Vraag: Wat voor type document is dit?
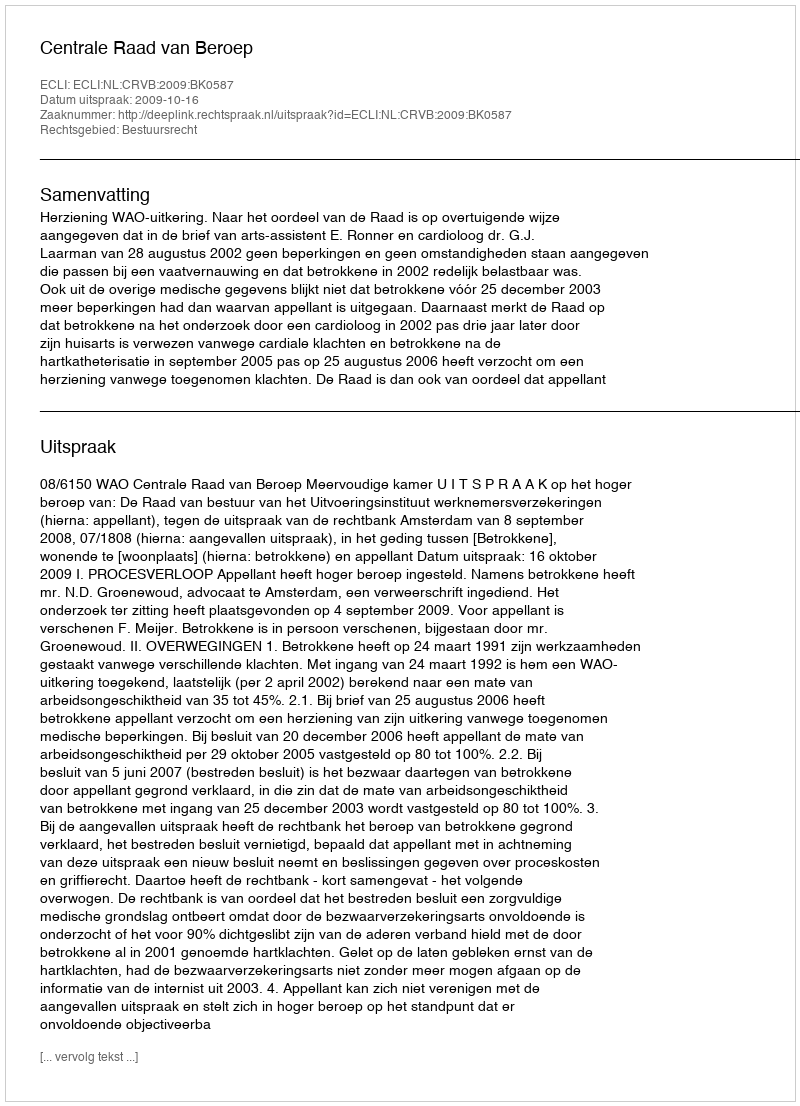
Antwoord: Uitspraak